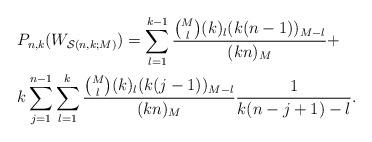
LaTeX: \begin{align*}\begin{aligned}& P_{n,k}(W_{\mathcal{S}(n,k;M)})=\sum_{l=1}^{k-1}\frac{\binom Ml(k)_l(k(n-1))_{M-l}}{(kn)_M}+\\&k\sum_{j=1}^{n-1}\sum_{l=1}^k \frac{\binom Ml(k)_l(k(j-1))_{M-l}}{(kn)_M}\frac 1{k(n-j+1)-l}.\end{aligned} \end{align*}